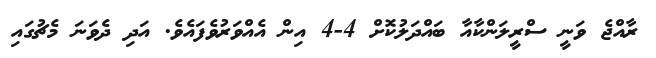
ރާއްޖެ ވަނީ ސްރީލަންކާއާ ބައްދަލުކޮށް 4-4 އިން އެއްވަރުވެފައެވެ. އަދި ދެވަނަ މެޗުގައި